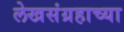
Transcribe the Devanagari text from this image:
लेखसंग्रहाच्या